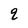
Character: q